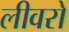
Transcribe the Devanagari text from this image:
लीवरो